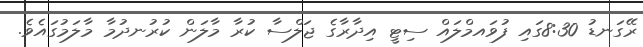
ރޭގަނޑު 8:30ގައި ފުވައމްލައް ސިޓީ އިދާރާގެ ޖަލްސާ ކުރާ މާލަން ކުރުނދުމާ މާލަމުގައެވެ.